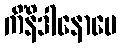
ကိံနိဒါနောပေ